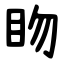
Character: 䀛